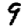
Digit: 9